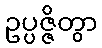
ဥပ္ပဇ္ဇိတွာ